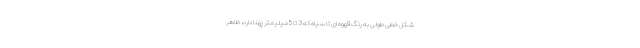
شکل خطی طولی به رنگ قهوه ای تا سیاه که 3 تا 5 میلیمتر پهنا دارد، ظاهر